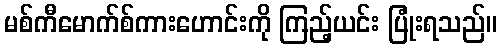
မစ်ကီမောက်စ်ကားဟောင်းကို ကြည့်ယင်း ပြုံးရသည်။